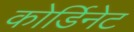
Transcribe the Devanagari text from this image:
कोर्डिनेट